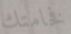
فخامتك